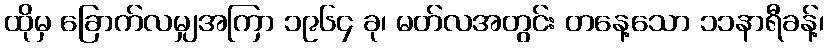
ထိုမှ ခြောက်လမျှအကြာ ၁၉၆၄ ခု၊ မတ်လအတွင်း တနေ့သော ၁၁နာရီခန့်၊